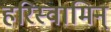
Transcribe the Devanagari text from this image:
हरिस्वामिन्